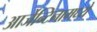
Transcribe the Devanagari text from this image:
आर्जेन्टिनामध्ये